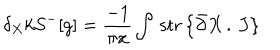
LaTeX: \delta _ { X } k { \cal S } ^ { - } [ g ] = \frac { - 1 } { \pi x } \int \, \mathrm { s t r } \left\{ \bar { \partial } X \, . \, J \right\} \, \,